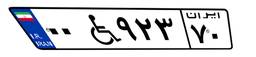
۰۰W۹۲۳۷۰